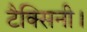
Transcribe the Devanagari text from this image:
टैक्सिनी।